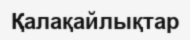
Қалақайлықтар